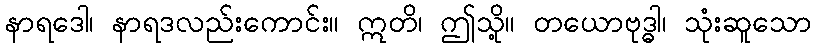
နာရဒေါ၊ နာရဒလည်းကောင်း။ ဣတိ၊ ဤသို့။ တယောဗုဒ္ဓါ၊ သုံးဆူသော